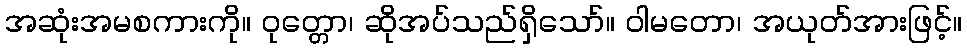
အဆုံးအမစကားကို။ ဝုတ္တော၊ ဆိုအပ်သည်ရှိသော်။ ဝါမတော၊ အယုတ်အားဖြင့်။